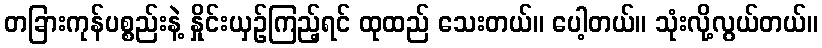
တခြားကုန်ပစ္စည်းနဲ့ နှိုင်းယှဉ်ကြည့်ရင် ထုထည် သေးတယ်။ ပေါ့တယ်။ သုံးလို့လွယ်တယ်။